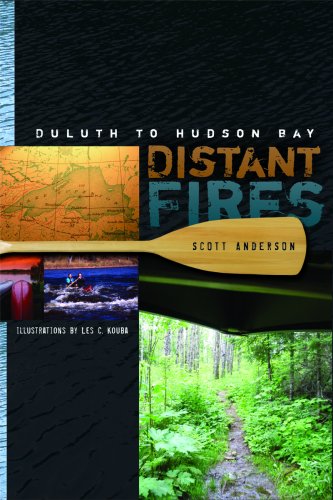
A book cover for Distant Fires: Duluth to Hudson Bay; Scott Anderson; Biographies & Memoirs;